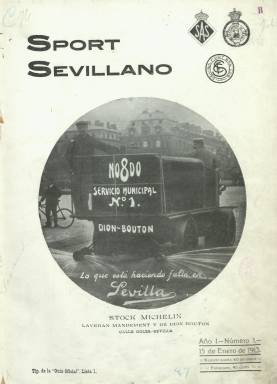
Título: Sport sevillano
Colección: Deportes
Ámbito geográfico: Sevilla
Lugar de publicación: Sevilla
Fechas: 15/01/1913-30/12/1913

Es la segunda publicación que aparece en Sevilla dedicada a los deportes. La primera había sido Sevilla deportiva (1901-1915), y es precisamente en Andalucía en donde está datado el primer periódico deportivo en España: El Sport español (Cádiz: 1877). Para principios del siglo veinte ya superaba la veintena el número de publicaciones deportivas editadas en España, que aún usaban comúnmente el neologismo inglés para denominar esta actividad (sport), tal como aparece en el título de esta “revista quincenal ilustrada” de la que fue fundador-propietario el abogado y sportman sevillano Francisco Caballero-Infante y Soldado, vinculado a las principales sociedades de este tipo en la ciudad hispalense, como eran la Real Sociedad Automovilística Sevilla (RSAS), de la que era vocal; el Sevilla Foot-Ball Club, fundado en 1890 y del que era secretario; el Club Deportivo Sevillano, como vicepresidente, y de los Exploradores Sevillanos, de cuya entidad también era secretario.

Aparece su primer número el 15 de enero de 1913, y en su cabecera aparecen estampados los escudos de la Real Sociedad Automovilística Sevilla (SAS), de la Real Sociedad de Tiro de Pichones de Sevilla (RSTPS) y del Sevilla FC, de cuyas entidades se indica que la revista es “órgano oficial”. La publicación fue impresa con gran esmero en la Tipografía de la Guía Oficial, en la calle Lista de la ciudad, en donde también se encontraba la redacción y administración. Sus entregas, entre la docena y la veintena de páginas y compuestas a dos columnas, fueron estampadas sobre papel couché y para su impresión serán utilizadas a veces tintas varias de color para algunos de sus fotograbados, que insertaría profusamente, pues daba gran importancia también al “arte fotográfico”.

Sus contenidos los estructura en secciones, correspondientes a los diferentes deportes de los que se ocupa, empezando por la Sección de automovilismo, Tiro de pichones, De aviación y Foot-Ball, usándose en esta como firma de sus textos el seudónimo D. Goal. Pero también tiene secciones De teatros , firmada con el seudónimo Fray Fola; Sección taurina, cuyas crónicas aparecen firmadas por Paco Romero o Lucio Serrano, usando éste el seudónimo Onarres; De turismo; Creaciones de la moda y dos enteramente formadas por retratos fotográficos: Personas conocidas y Artistas conocidas. Así mismo, tiene otra sección de Variedades, para dar cabida a noticias breves, e inserta anuncios publicitarios.

En la portada de su primera entrega publicará la fotografía del Rey Alfonso XIII, del que se señala su gran afición al automovilismo y conocimiento del motor, además de haber aceptado ser presidente honorario del R.S.A.S. y del R.S.T.P.S.E., que aglutinaban unas prácticas deportivas elitistas, pero sobre las que se iniciaba su popularidad a través de la prensa. En sus páginas aparecerán los primeros estatutos del citado club de fútbol sevillista, y dará cuenta de las competiciones, resultados o clasificaciones de eventos deportivos, no sólo de los citados, sino también de otros, como las carreras de galgos, el motociclismo, el tenis, el ciclismo o las actividades de los exploradores. También da cuenta de los directivos integrantes de las entidades y de sus socios. La revista celebrará sus propios concursos de fotografía artística y amateur, y entre sus ilustraciones aparece un plano de la ciudad de Sevilla.

La publicación aparecía los días 15 y 30 de cada mes, y el número 24 y último de la colección corresponde al 30 de diciembre de ese mismo 1913, en el que da cuenta del año transcurrido y anuncia mejoras y nuevas actividades para el próximo, sin que se tenga noticia de que continuara publicándose esta revista deportiva, que sin duda tuvo corta vida. La paginación de sus entregas fue continuada y alcanza hasta la página 339.

[Descripción modificada el 24/10/2023]